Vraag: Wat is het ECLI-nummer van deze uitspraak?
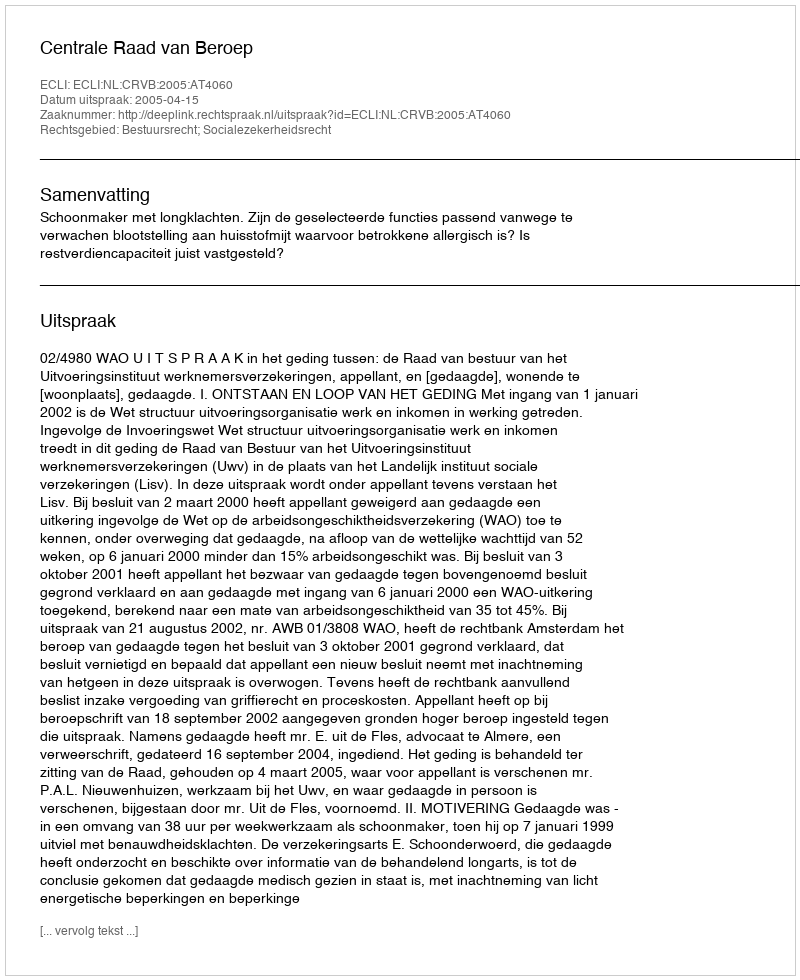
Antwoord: ECLI:NL:CRVB:2005:AT4060